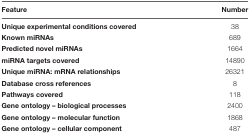
<table><thead><tr><td><b>Feature</b></td><td><b>Number</b></td></tr></thead><tbody><tr><td><b>Unique experimental conditions covered</b></td><td>38</td></tr><tr><td><b>Known miRNAs</b></td><td>689</td></tr><tr><td><b>Predicted novel miRNAs</b></td><td>1664</td></tr><tr><td><b>miRNA targets covered</b></td><td>14890</td></tr><tr><td><b>Unique miRNA: mRNA relationships</b></td><td>26321</td></tr><tr><td><b>Database cross references</b></td><td>8</td></tr><tr><td><b>Pathways covered</b></td><td>118</td></tr><tr><td><b>Gene ontology – biological processes</b></td><td>2400</td></tr><tr><td><b>Gene ontology – molecular function</b></td><td>1868</td></tr><tr><td><b>Gene ontology – cellular component</b></td><td>487</td></tr></tbody></table>